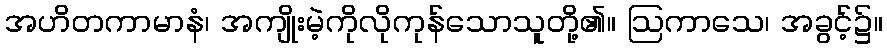
အဟိတကာမာနံ၊ အကျိုးမဲ့ကိုလိုကုန်သောသူတို့၏။ ဩကာသေ၊ အခွင့်၌။